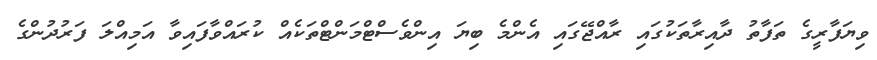
ވިޔަފާރީގެ ތަފާތު ދާއިރާތަކުގައި ރާއްޖޭގައި އެންމެ ބިޔަ އިންވެސްޓްމަންޓްތަކެއް ކުރައްވާފައިވާ އަމިއްލަ ފަރުދުންގެ